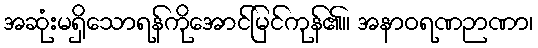
အဆုံးမရှိသောရန်ကိုအောင်မြင်ကုန်၏။ အနာဝရဏဉာဏာ၊